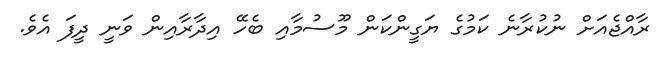
ރާއްޖެއަށް ނުކުރާނެ ކަމުގެ ޔަގީންކަން މޫސުމާއި ބެހޭ އިދާރާއިން ވަނީ ދީފަ އެވެ.